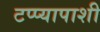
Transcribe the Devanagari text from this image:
टप्प्यापाशी